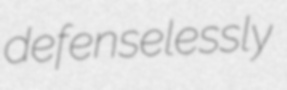
defenselessly